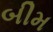
બીમ